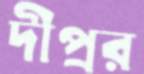
দীপ্রর